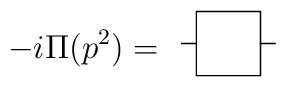
-i\Pi (p^{2})= \begin{array}{c}\unitlength4mm \begin{picture}(3,2)\put(0,1){\line(1,0){.5}}\put(2.5,1){\line(1,0){.5}}\put(.5,0){\framebox(2,2){}} \end{picture}\end{array}